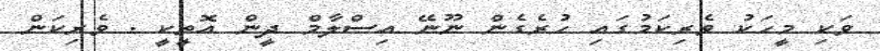
ވަކި މީހަކު ވެރިކަމުގައި ހުރެގެން ނޫނޭ އިސްލާމް ދީން އޮތީކީ . ވެރިކަން